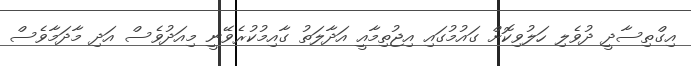
އިގްތިސާދީ ދުވެލި ހަލުވިކޮށް ގައުމުގައި އިޖުތިމާއީ އަދާލަތު ގާއިމުކުރެވޭނީ މިއަދުވެސް އަދި މާދަމާވެސް